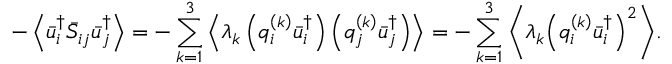
- \left\langle { \bar { u } _ { i } ^ { \dag } { { \bar { S } } _ { i j } } \bar { u } _ { j } ^ { \dag } } \right\rangle = - \sum _ { k = 1 } ^ { 3 } { \left\langle { { \lambda _ { k } } \left( { q _ { i } ^ { \left( k \right) } \bar { u } _ { i } ^ { \dag } } \right) \left( { q _ { j } ^ { \left( k \right) } \bar { u } _ { j } ^ { \dag } } \right) } \right\rangle } = - \sum _ { k = 1 } ^ { 3 } { \left\langle { { \lambda _ { k } } { { \left( { q _ { i } ^ { \left( k \right) } \bar { u } _ { i } ^ { \dag } } \right) } ^ { 2 } } } \right\rangle } .